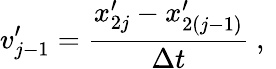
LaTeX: v_{j-1}^{\prime}=\frac{x_{2j}^{\prime}-x_{2(j-1)}^{\prime}}{\Delta t}\mathrm{~,~}